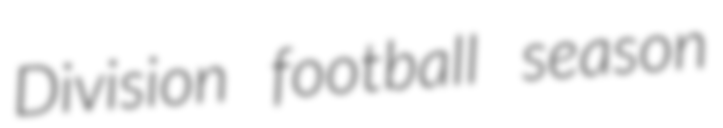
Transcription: Division football season